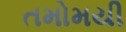
તમોમયી